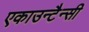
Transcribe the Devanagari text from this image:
एकाउन्टैन्सी